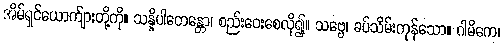
အိမ်ရှင်ယောက်ျားတို့ကို။ သန္နိပါတေန္တော၊ စည်းဝေးစေလို၍။ သဗ္ဗေ၊ ခပ်သိမ်းကုန်သော။ ဂါမိကေ၊